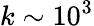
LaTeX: k\sim 10^{3}